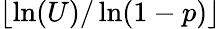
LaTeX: \lfloor\ln(U)/\ln(1-p)\rfloor